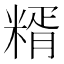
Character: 糈